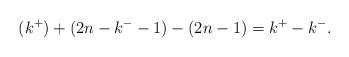
LaTeX: \begin{align*}(k^+) + (2n-k^- - 1) - (2n-1) = k^+ - k^-. \end{align*}